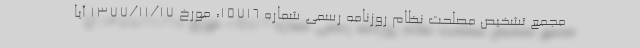
مجمع تشخیص مصلحت نظام روزنامه رسمی شماره 15716، مورخ 1377/11/17 آیا